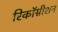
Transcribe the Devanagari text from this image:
रिकॉग्नीशन